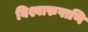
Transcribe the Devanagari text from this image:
विश्वारुपाणि